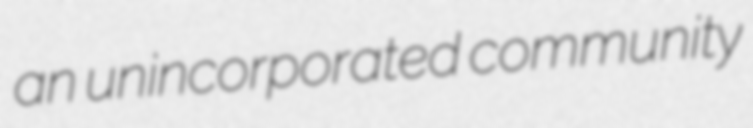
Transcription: an unincorporated community